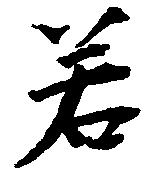
若